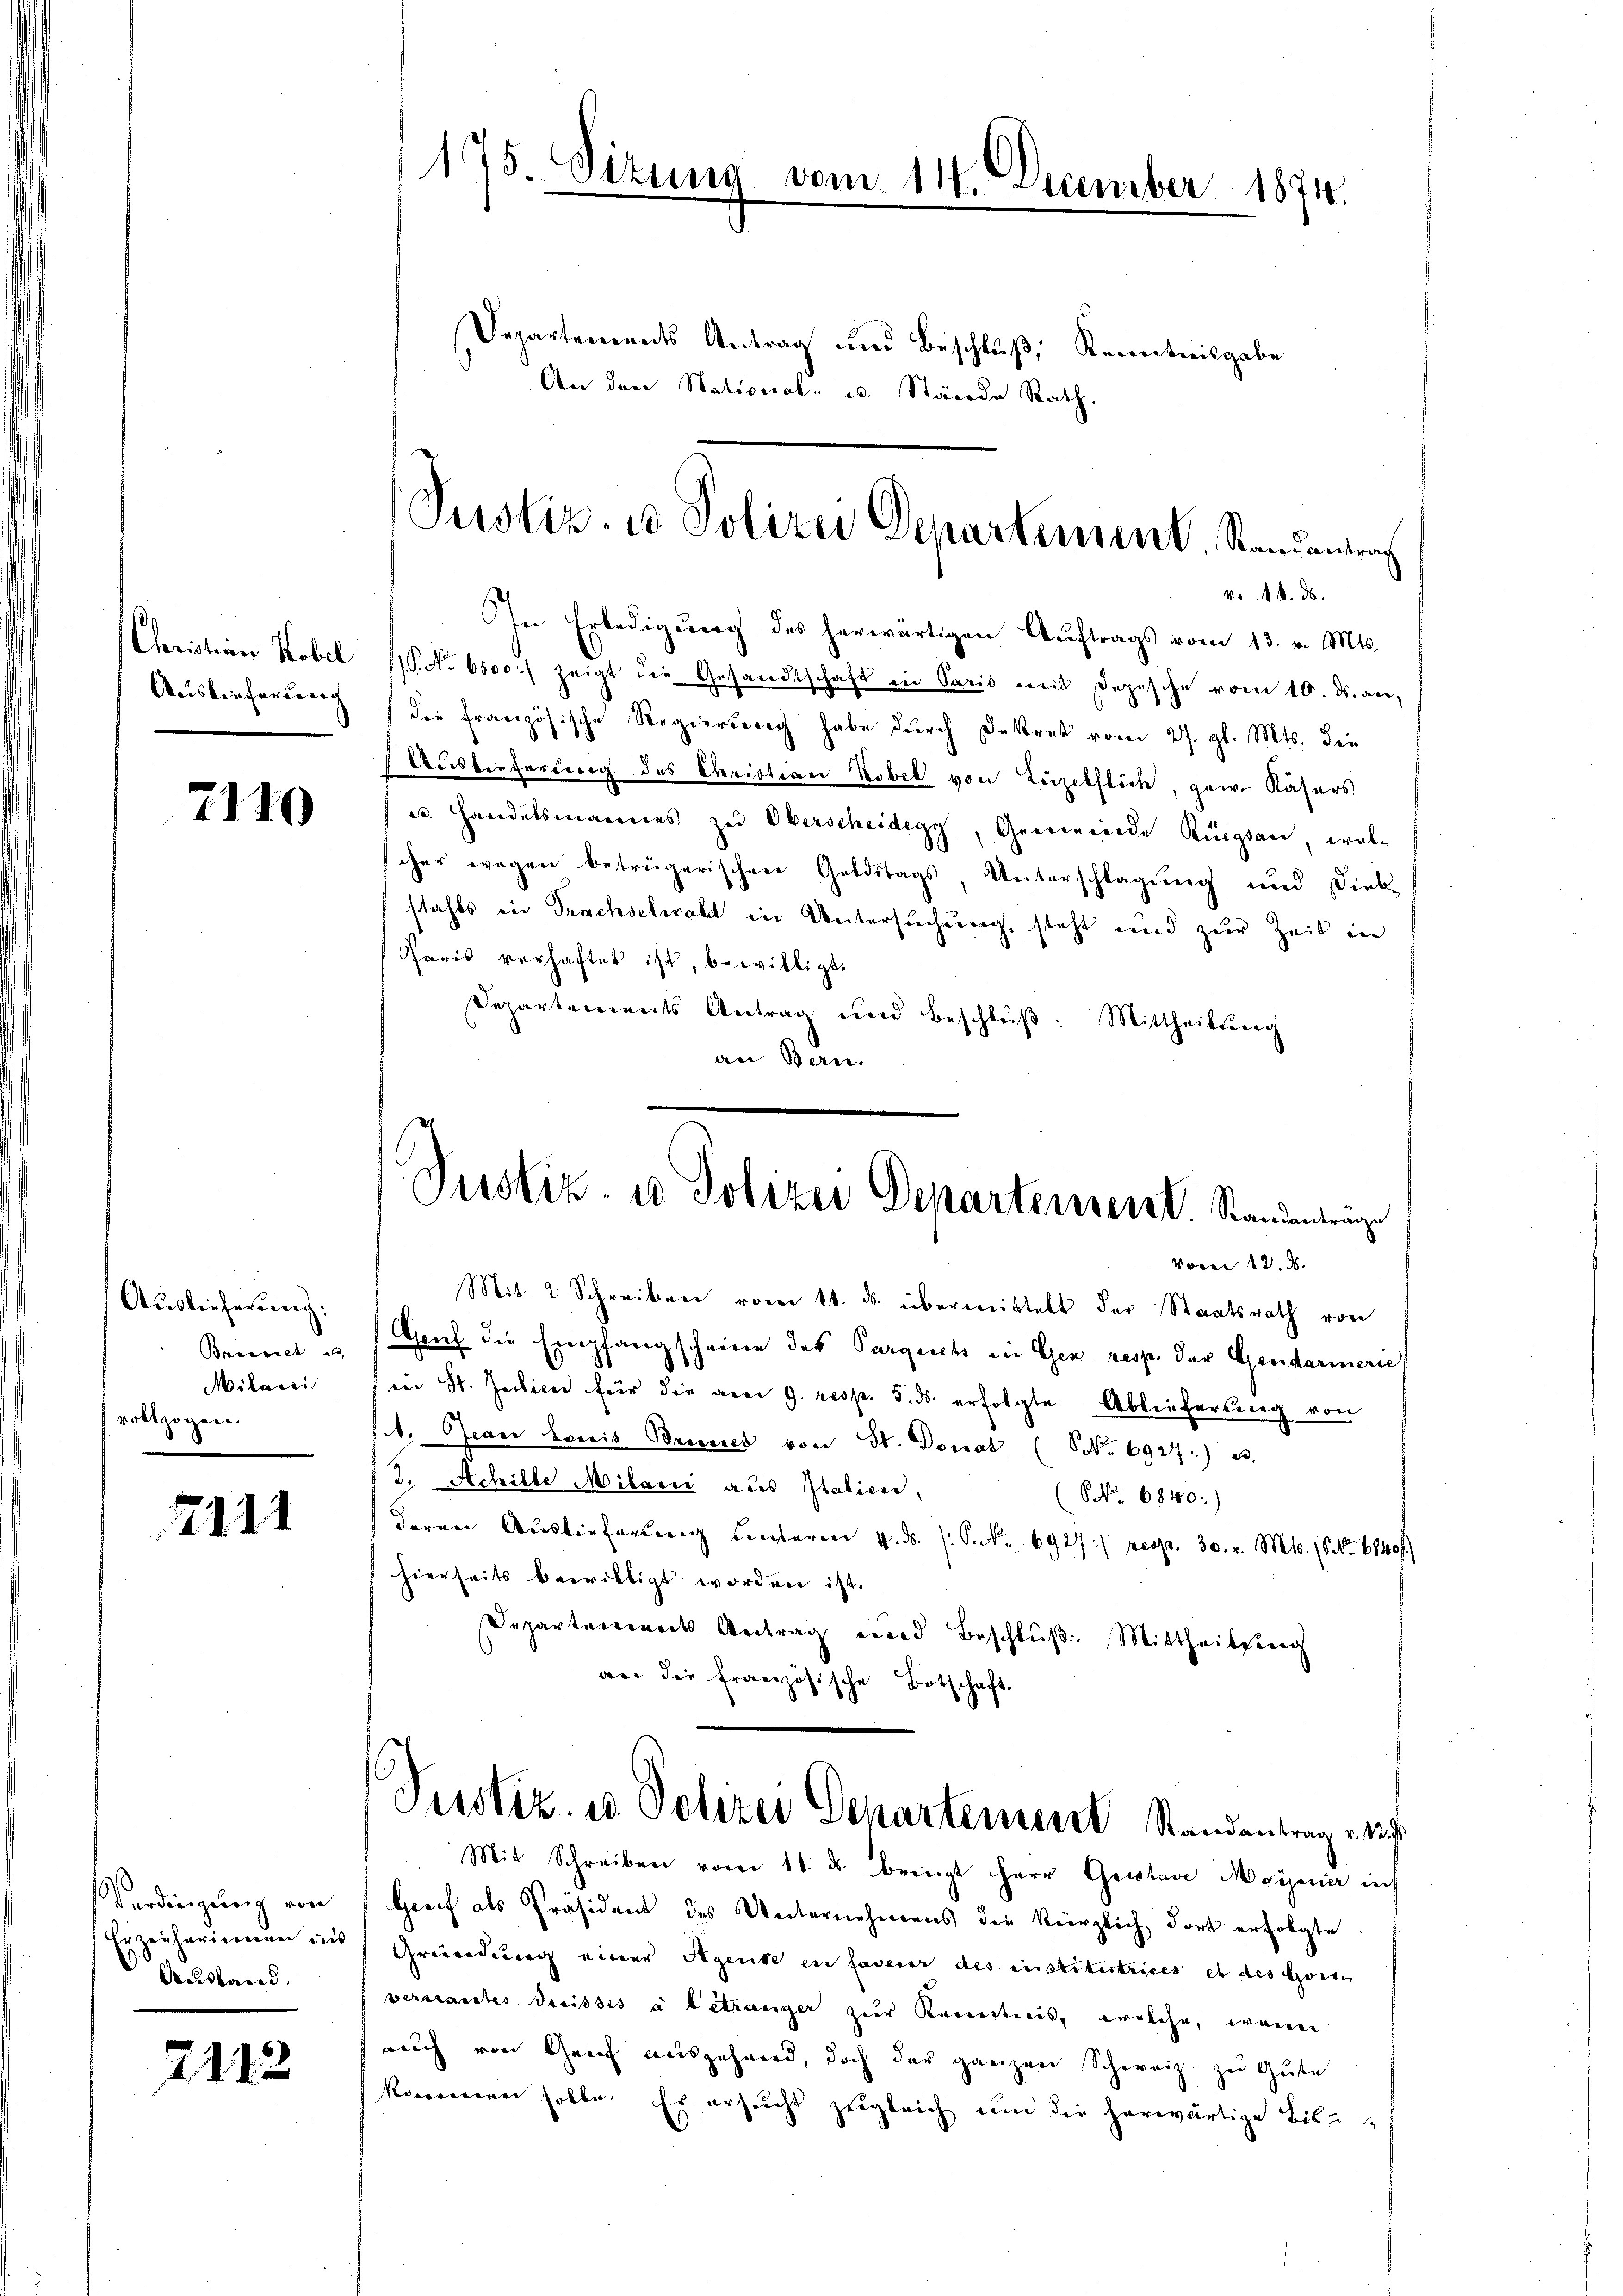
Christian Kobel
Auslieferung

2110

Auslieferung.
Brennet und
Milari
vollzogen.

2111

Vardingung von
Erzieherinneren ins
Ausland.

2112

175. Sizung vom 11. December 1874.
.

Departements Antrag und Beschluß, Kenntnisgabe

Justiz- u Polizei Departement, Randenera

Justiz- u Polizei Departement Standenträge

v. 14. ds.
In Erledigung des herwärtigen Auftrags vom 13. v. Mts.
P. Nr. 6500) zeigt die Gesandtschaft in Paris mit Depesche vom 10. ds. an,
die französische Regierung habe durch Dekret vom 27. gl. Mts. die
Auslieferung des Christian Kobel von Linzelflich, gew. Käsers
es. Handelsmannes zu Oberscheidegg, Gemeinde Rüegsam, walcher wegen betrügerischen Geldstags, Unterschlagung und Dieb-
stahls in Trachselwald in Untersuchung, steht und zur Zeit in
Paris verhaftet ist, bewilligt.
Departements Antrag und beschlŭβ: Mittheilung
an Bern.
Voren 12. d.
Mit 2 Schreiben vom 14. ds. übermittelt der Staatsrath von
Genf die Empfangscheine des Parquichs in Gez resp. der Gendarmerie
in St. Julien für die am 9. resp. 5. ds. erfolgte Ablieferung von
1. Jeder Bereis Baueret von St. Donat (S. 6927) u.
2. Achille Milarii aus Italiene,
(ONo. 6840:)
deren Auslieferung unterm 4. ds. (: Stk. 6927/ resp. 30. v. Mts. 16 No. 6840f
hierseits bewilligt worden ist.
Separten andes Antrag eine Beschlŭβ: Mittheilsreg
an die französische Botschaft
Justiz- u Polizei Departement Randantrag v. M.
Mit Schreiben vom 11. ds. bringt Herr Geistave Majener in
Greif als Präsident des Unternehmens die kürzlich dort erfolgte
Gründung einer Agente en faveur des institutrices et des Gönne
versandtes dreisses à letzunger zur Kenntnis, welche, wenn
auch von Genf ausgehend, doch der ganzen Schweiz zu Gute
kommen solle. Er ersucht zugleich um die herwärtige Bilz